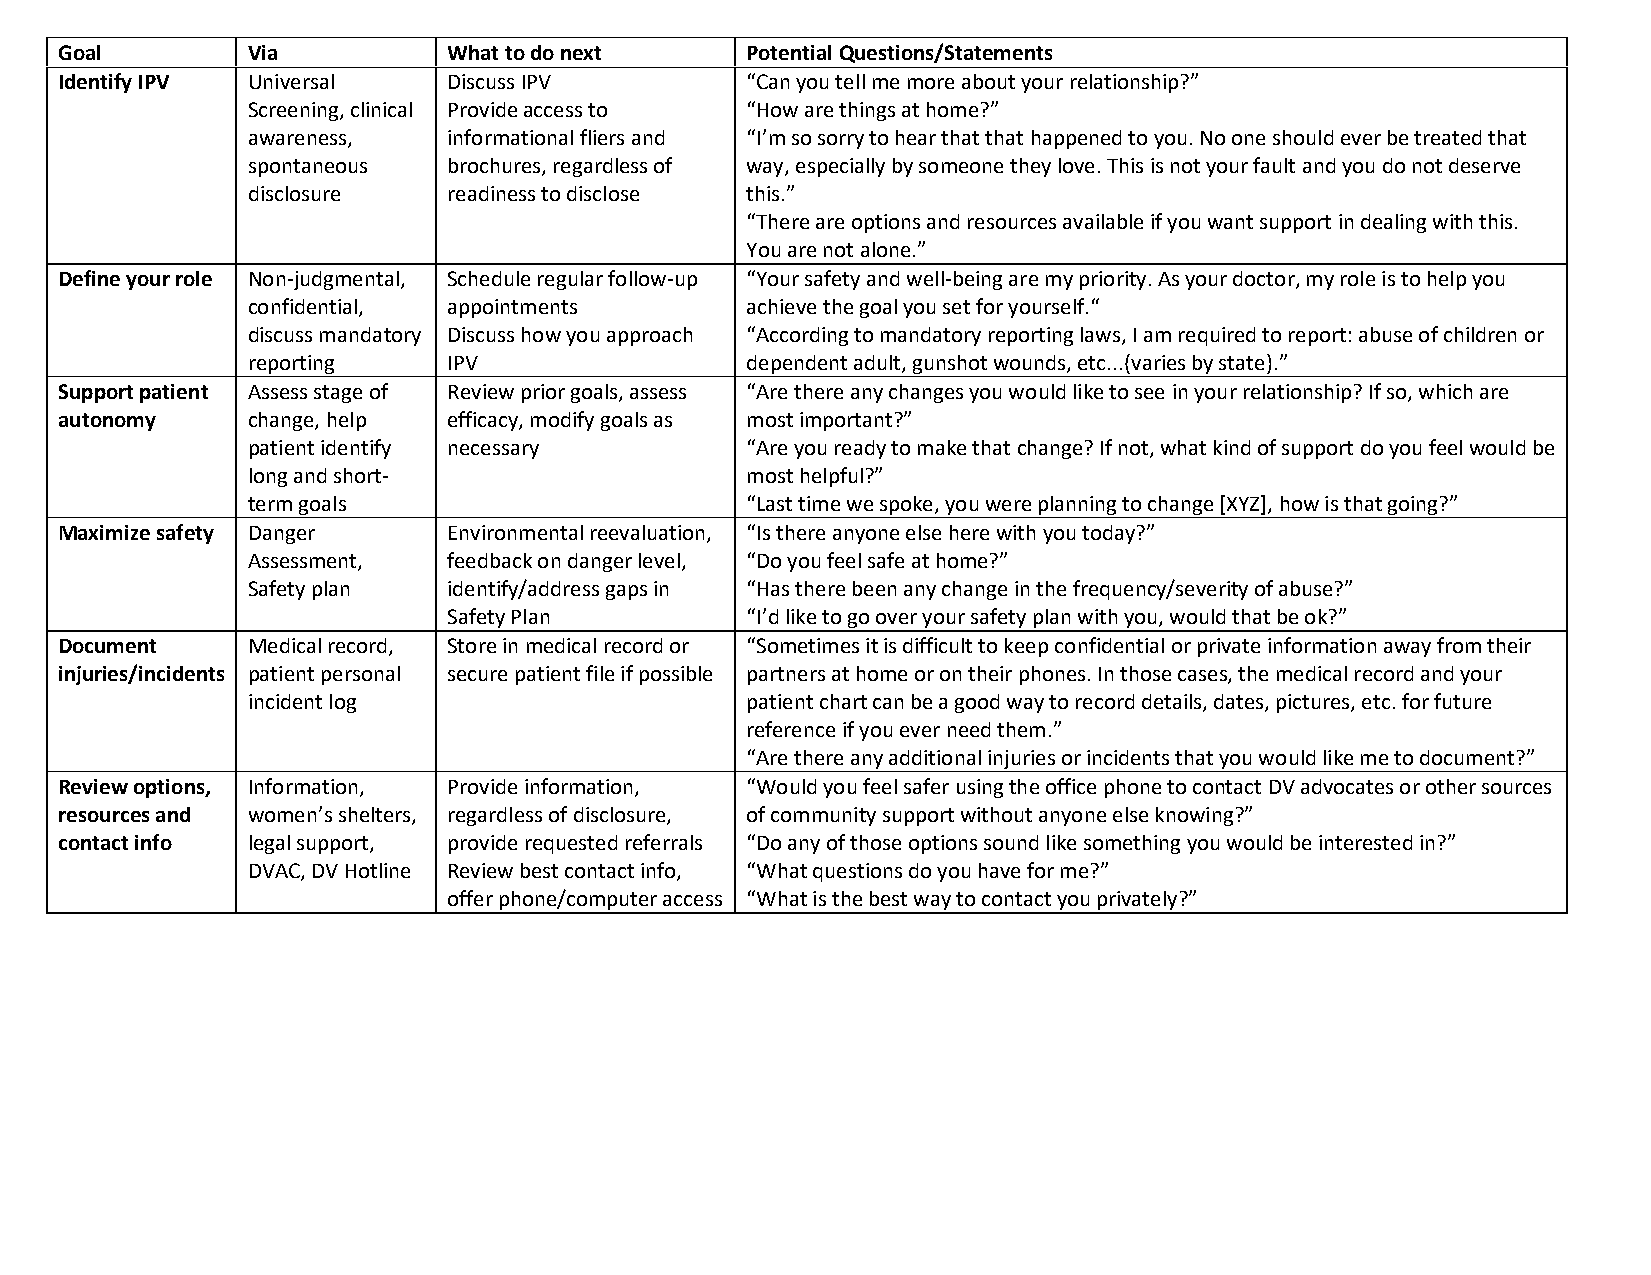
Goal        Via           What to do next    Potential Questions/Statements
 Identify IPV Universal    Discuss IPV        “Can you tell me more about your relationship?”
 Screening, clinical Provide access to “How are things at home?”
 awareness,    informational fliers and “I’m so sorry to hear that that happened to you. No one should ever be treated that
 spontaneous   brochures, regardless of way, especially by someone they love. This is not your fault and you do not deserve
 disclosure    readiness to disclose this.”
 “There are options and resources available if you want support in dealing with this.
 You are not alone.”
 Define your role Non-judgmental, Schedule regular follow-up “Your safety and well-being are my priority. As your doctor, my role is to help you
 confidential, appointments       achieve the goal you set for yourself.“
 discuss mandatory Discuss how you approach “According to mandatory reporting laws, I am required to report: abuse of children or
 reporting     IPV                dependent adult, gunshot wounds, etc...(varies by state).”
 Support patient Assess stage of Review prior goals, assess “Are there any changes you would like to see in your relationship? If so, which are
 autonomy    change, help  efficacy, modify goals as most important?”
 patient identify necessary       “Are you ready to make that change? If not, what kind of support do you feel would be
 long and short-                  most helpful?”
 term goals                       “Last time we spoke, you were planning to change [XYZ], how is that going?”
 Maximize safety Danger    Environmental reevaluation, “Is there anyone else here with you today?”
 Assessment,   feedback on danger level, “Do you feel safe at home?”
 Safety plan   identify/address gaps in “Has there been any change in the frequency/severity of abuse?”
 Safety Plan        “I’d like to go over your safety plan with you, would that be ok?”
 Document    Medical record, Store in medical record or “Sometimes it is difficult to keep confidential or private information away from their
 injuries/incidents patient personal secure patient file if possible partners at home or on their phones. In those cases, the medical record and your
 incident log                     patient chart can be a good way to record details, dates, pictures, etc. for future
 reference if you ever need them.”
 “Are there any additional injuries or incidents that you would like me to document?”
 Review options, Information, Provide information, “Would you feel safer using the office phone to contact DV advocates or other sources
 resources and women’s shelters, regardless of disclosure, of community support without anyone else knowing?”
 contact info legal support, provide requested referrals “Do any of those options sound like something you would be interested in?”
 DVAC, DV Hotline Review best contact info, “What questions do you have for me?”
 offer phone/computer access “What is the best way to contact you privately?”